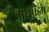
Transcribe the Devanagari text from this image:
जाथकम